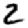
Digit: 2